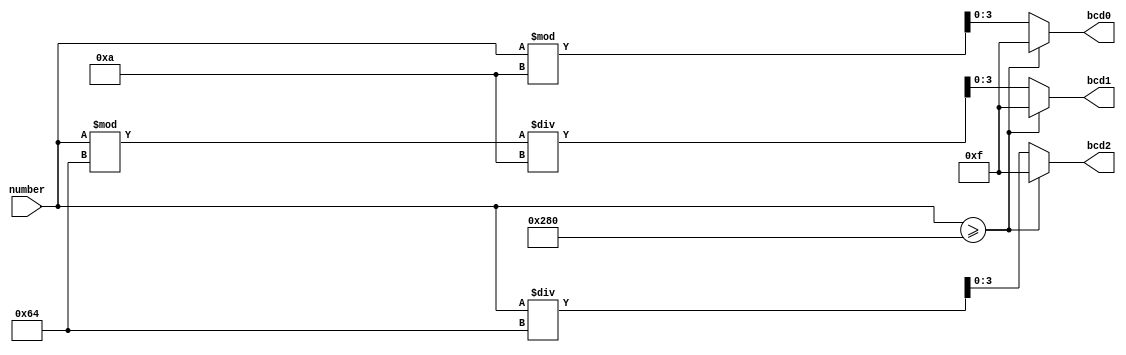
module bcd
(
	input	[9:0]number,
	output	[3:0]bcd0,
	output	[3:0]bcd1,
	output	[3:0]bcd2
);

	reg	[9:0]	temp0,
				temp1,
				temp2;

	always @(number)
	begin
		if(number >= 10'd640)
		begin
			temp0 <= 10'b1111;
			temp1 <= 10'b1111;
			temp2 <= 10'b1111;
		end
		else
		begin
			temp0 <=  number % 10'd10;
			temp1 <= (number % 10'd100) / 10'd10;
			temp2 <= (number / 10'd100);
		end
	end

	assign bcd0 = temp0[3:0];
	assign bcd1 = temp1[3:0];
	assign bcd2 = temp2[3:0];
	
endmodule